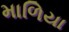
માળિયા